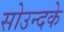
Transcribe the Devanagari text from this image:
सोउन्दके